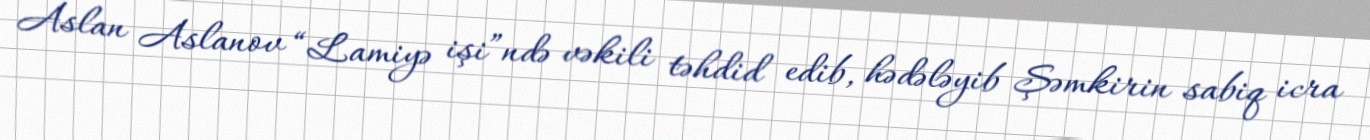
Aslan Aslanov “Lamiyə işi”ndə vəkili təhdid edib, hədələyib Şəmkirin sabiq icra